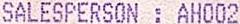
SALESPERSON : AH002